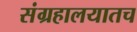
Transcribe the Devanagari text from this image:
संग्रहालयातच